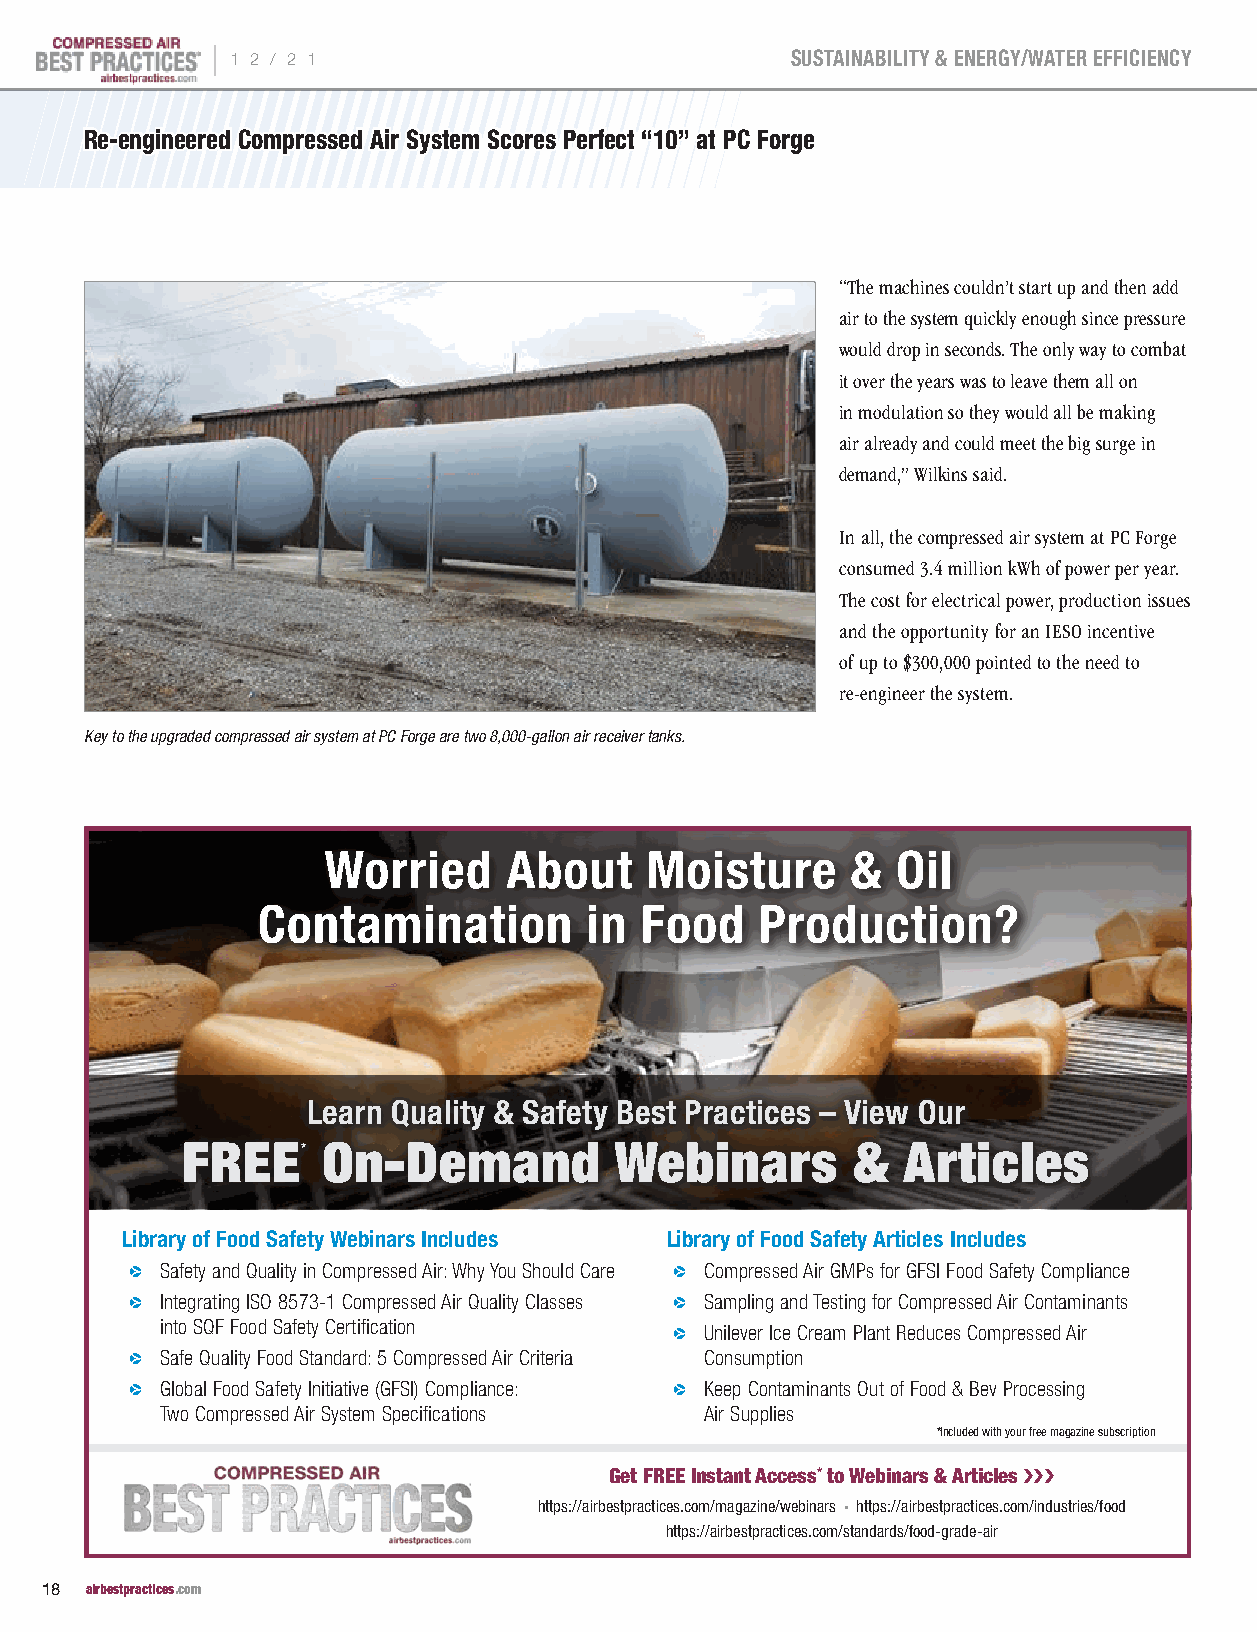
|
 1 2 / 2 1                            SUSTAINABILITY & ENERGY/WATER EFFICIENCY
 RRee--eennggiinneeeerreedd CCoommpprreesssseedd AAiirr SSyysstteemm SSccoorreess PPeerrffeecctt ““1100”” aatt PPCC FFoorrggee
 “The machines couldn’t start up and then add
 air to the system quickly enough since pressure
 would drop in seconds. The only way to combat
 it over the years was to leave them all on
 in modulation so they would all be making
 air already and could meet the big surge in
 demand,” Wilkins said.
 In all, the compressed air system at PC Forge
 consumed 3.4 million kWh of power per year.
 The cost for electrical power, production issues
 and the opportunity for an IESO incentive
 of up to $300,000 pointed to the need to
 re-engineer the system.
 Key to the upgraded compressed air system at PC Forge are two 8,000-gallon air receiver tanks.
 Worried      About    Moisture     &  Oil
 Contamination         in Food    Production?
 Learn Quality & Safety Best Practices – View Our
 FREE*    On-Demand           Webinars       &   Articles
 Library of Food Safety Webinars Includes Library of Food Safety Articles Includes
 p Safety and Quality in Compressed Air: Why You Should Care p Compressed Air GMPs for GFSI Food Safety Compliance
 p Integrating ISO 8573-1 Compressed Air Quality Classes p Sampling and Testing for Compressed Air Contaminants
 into SQF Food Safety Certification p Unilever Ice Cream Plant Reduces Compressed Air
 p Safe Quality Food Standard: 5 Compressed Air Criteria Consumption
 p Global Food Safety Initiative (GFSI) Compliance: p Keep Contaminants Out of Food & Bev Processing
 Two Compressed Air System Specifications Air Supplies
 *Included with your free magazine subscription
 Get FREE Instant Access* to Webinars & Articles ���
 https://airbestpractices.com/magazine/webinars • https://airbestpractices.com/industries/food
 https://airbestpractices.com/standards/food-grade-air
 18 airbestpractices.com